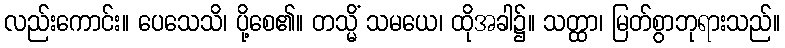
လည်းကောင်း။ ပေသေသိ၊ ပို့စေ၏။ တသ္မိံ သမယေ၊ ထိုအခါ၌။ သတ္ထာ၊ မြတ်စွာဘုရားသည်။